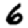
Digit: 6